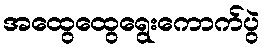
အထွေထွေရွေးကောက်ပွဲ